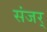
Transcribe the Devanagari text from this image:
संजर्